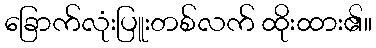
ခြောက်လုံးပြူးတစ်လက် ထိုးထား၏။